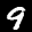
Label: 9